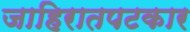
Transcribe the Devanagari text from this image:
जाहिरातपटकार